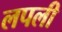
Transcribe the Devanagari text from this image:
लपली